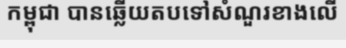
កម្ពុជា បានឆ្លើយតបទៅសំណួរខាងលើ